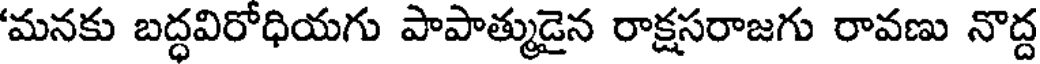
'మనకు బద్ధవిరోధియగు పాపాత్ముడైన రాక్షసరాజగు రావణు నొద్ద